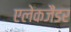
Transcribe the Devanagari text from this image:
एलेकजैंडर